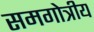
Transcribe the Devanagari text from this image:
समगोत्रीय